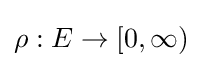
\rho :E\to [0,\infty )